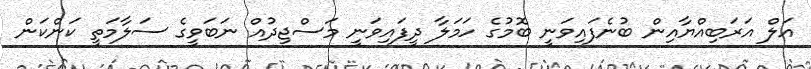
އަލް އަރަބިއްޔާއިން ބުނެފައިވަނީ ބޮމުގެ ހަމަލާ ދީފައިވަނީ މަސްޖިދުއް ނަބަވީގެ ސަލާމަތީ ކަންކަން